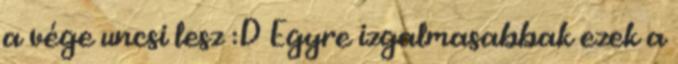
a vége uncsi lesz :D Egyre izgalmasabbak ezek a